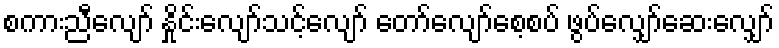
စကားညီလျော် နှိုင်းလျော်သင့်လျော် တော်လျော်စေ့စပ် ဖွပ်လျှော်ဆေးလျှော်